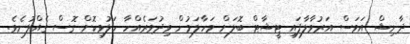
ދާނިޝް އަވަސް އަރުވާލާފައި ޓީޝާޓް ބޮލަށް މަހާލަމުން ވިދުވަރެއްހާ ހަލުވިކޮށް ގޮސް ގެއްލުނެވެ.